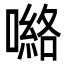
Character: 𭊽